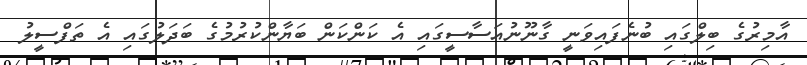
އާމިރުގެ ބިލްގައި ބުނެފައިވަނީ ގާނޫނުއަސާސީގައި އެ ކަންކަން ބަޔާންކުރުމުގެ ބަދަލުގައި އެ ތަފްސީލު